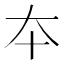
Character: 夲